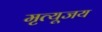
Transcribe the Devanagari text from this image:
मृत्यूजय